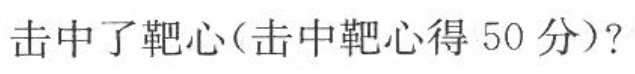
击中了靶心(击中靶心得50分)?